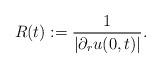
LaTeX: \begin{align*} R(t):=\frac{1}{\lvert\partial_r u(0,t)\rvert}.\end{align*}